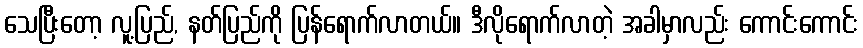
သေပြီးတော့ လူ့ပြည်, နတ်ပြည်ကို ပြန်ရောက်လာတယ်။ ဒီလိုရောက်လာတဲ့ အခါမှာလည်း ကောင်းကောင်း